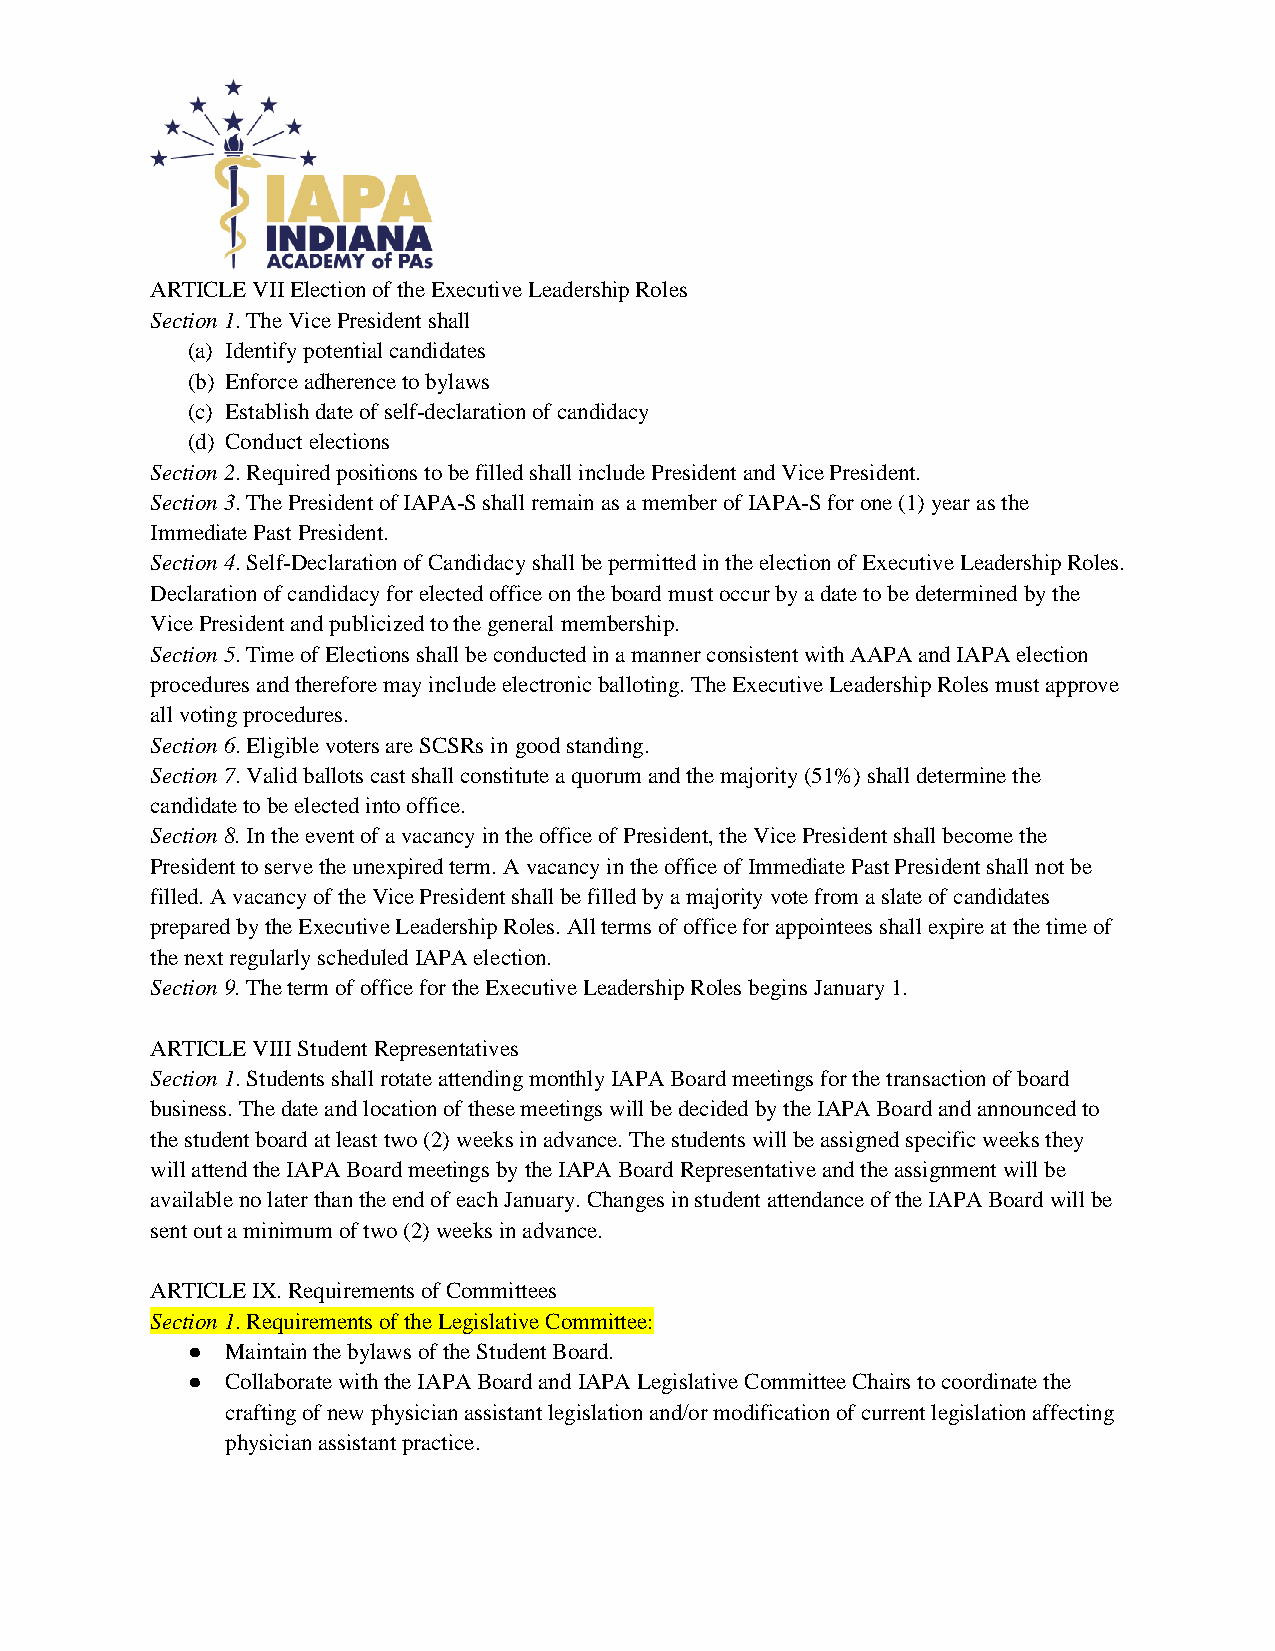
ARTICLE VII Election of the Executive Leadership Roles
 Section 1. The Vice President shall
 (a) Identify potential candidates
 (b) Enforce adherence to bylaws
 (c) Establish date of self-declaration of candidacy
 (d) Conduct elections
 Section 2. Required positions to be filled shall include President and Vice President.
 Section 3. The President of IAPA-S shall remain as a member of IAPA-S for one (1) year as the
 Immediate Past President.
 Section 4. Self-Declaration of Candidacy shall be permitted in the election of Executive Leadership Roles.
 Declaration of candidacy for elected office on the board must occur by a date to be determined by the
 Vice President and publicized to the general membership.
 Section 5. Time of Elections shall be conducted in a manner consistent with AAPA and IAPA election
 procedures and therefore may include electronic balloting. The Executive Leadership Roles must approve
 all voting procedures.
 Section 6. Eligible voters are SCSRs in good standing.
 Section 7. Valid ballots cast shall constitute a quorum and the majority (51%) shall determine the
 candidate to be elected into office.
 Section 8. In the event of a vacancy in the office of President, the Vice President shall become the
 President to serve the unexpired term. A vacancy in the office of Immediate Past President shall not be
 filled. A vacancy of the Vice President shall be filled by a majority vote from a slate of candidates
 prepared by the Executive Leadership Roles. All terms of office for appointees shall expire at the time of
 the next regularly scheduled IAPA election.
 Section 9. The term of office for the Executive Leadership Roles begins January 1.
 ARTICLE VIII Student Representatives
 Section 1. Students shall rotate attending monthly IAPA Board meetings for the transaction of board
 business. The date and location of these meetings will be decided by the IAPA Board and announced to
 the student board at least two (2) weeks in advance. The students will be assigned specific weeks they
 will attend the IAPA Board meetings by the IAPA Board Representative and the assignment will be
 available no later than the end of each January. Changes in student attendance of the IAPA Board will be
 sent out a minimum of two (2) weeks in advance.
 ARTICLE IX. Requirements of Committees
 Section 1. Requirements of the Legislative Committee:
 ●  Maintain the bylaws of the Student Board.
 ●  Collaborate with the IAPA Board and IAPA Legislative Committee Chairs to coordinate the
 crafting of new physician assistant legislation and/or modification of current legislation affecting
 physician assistant practice.